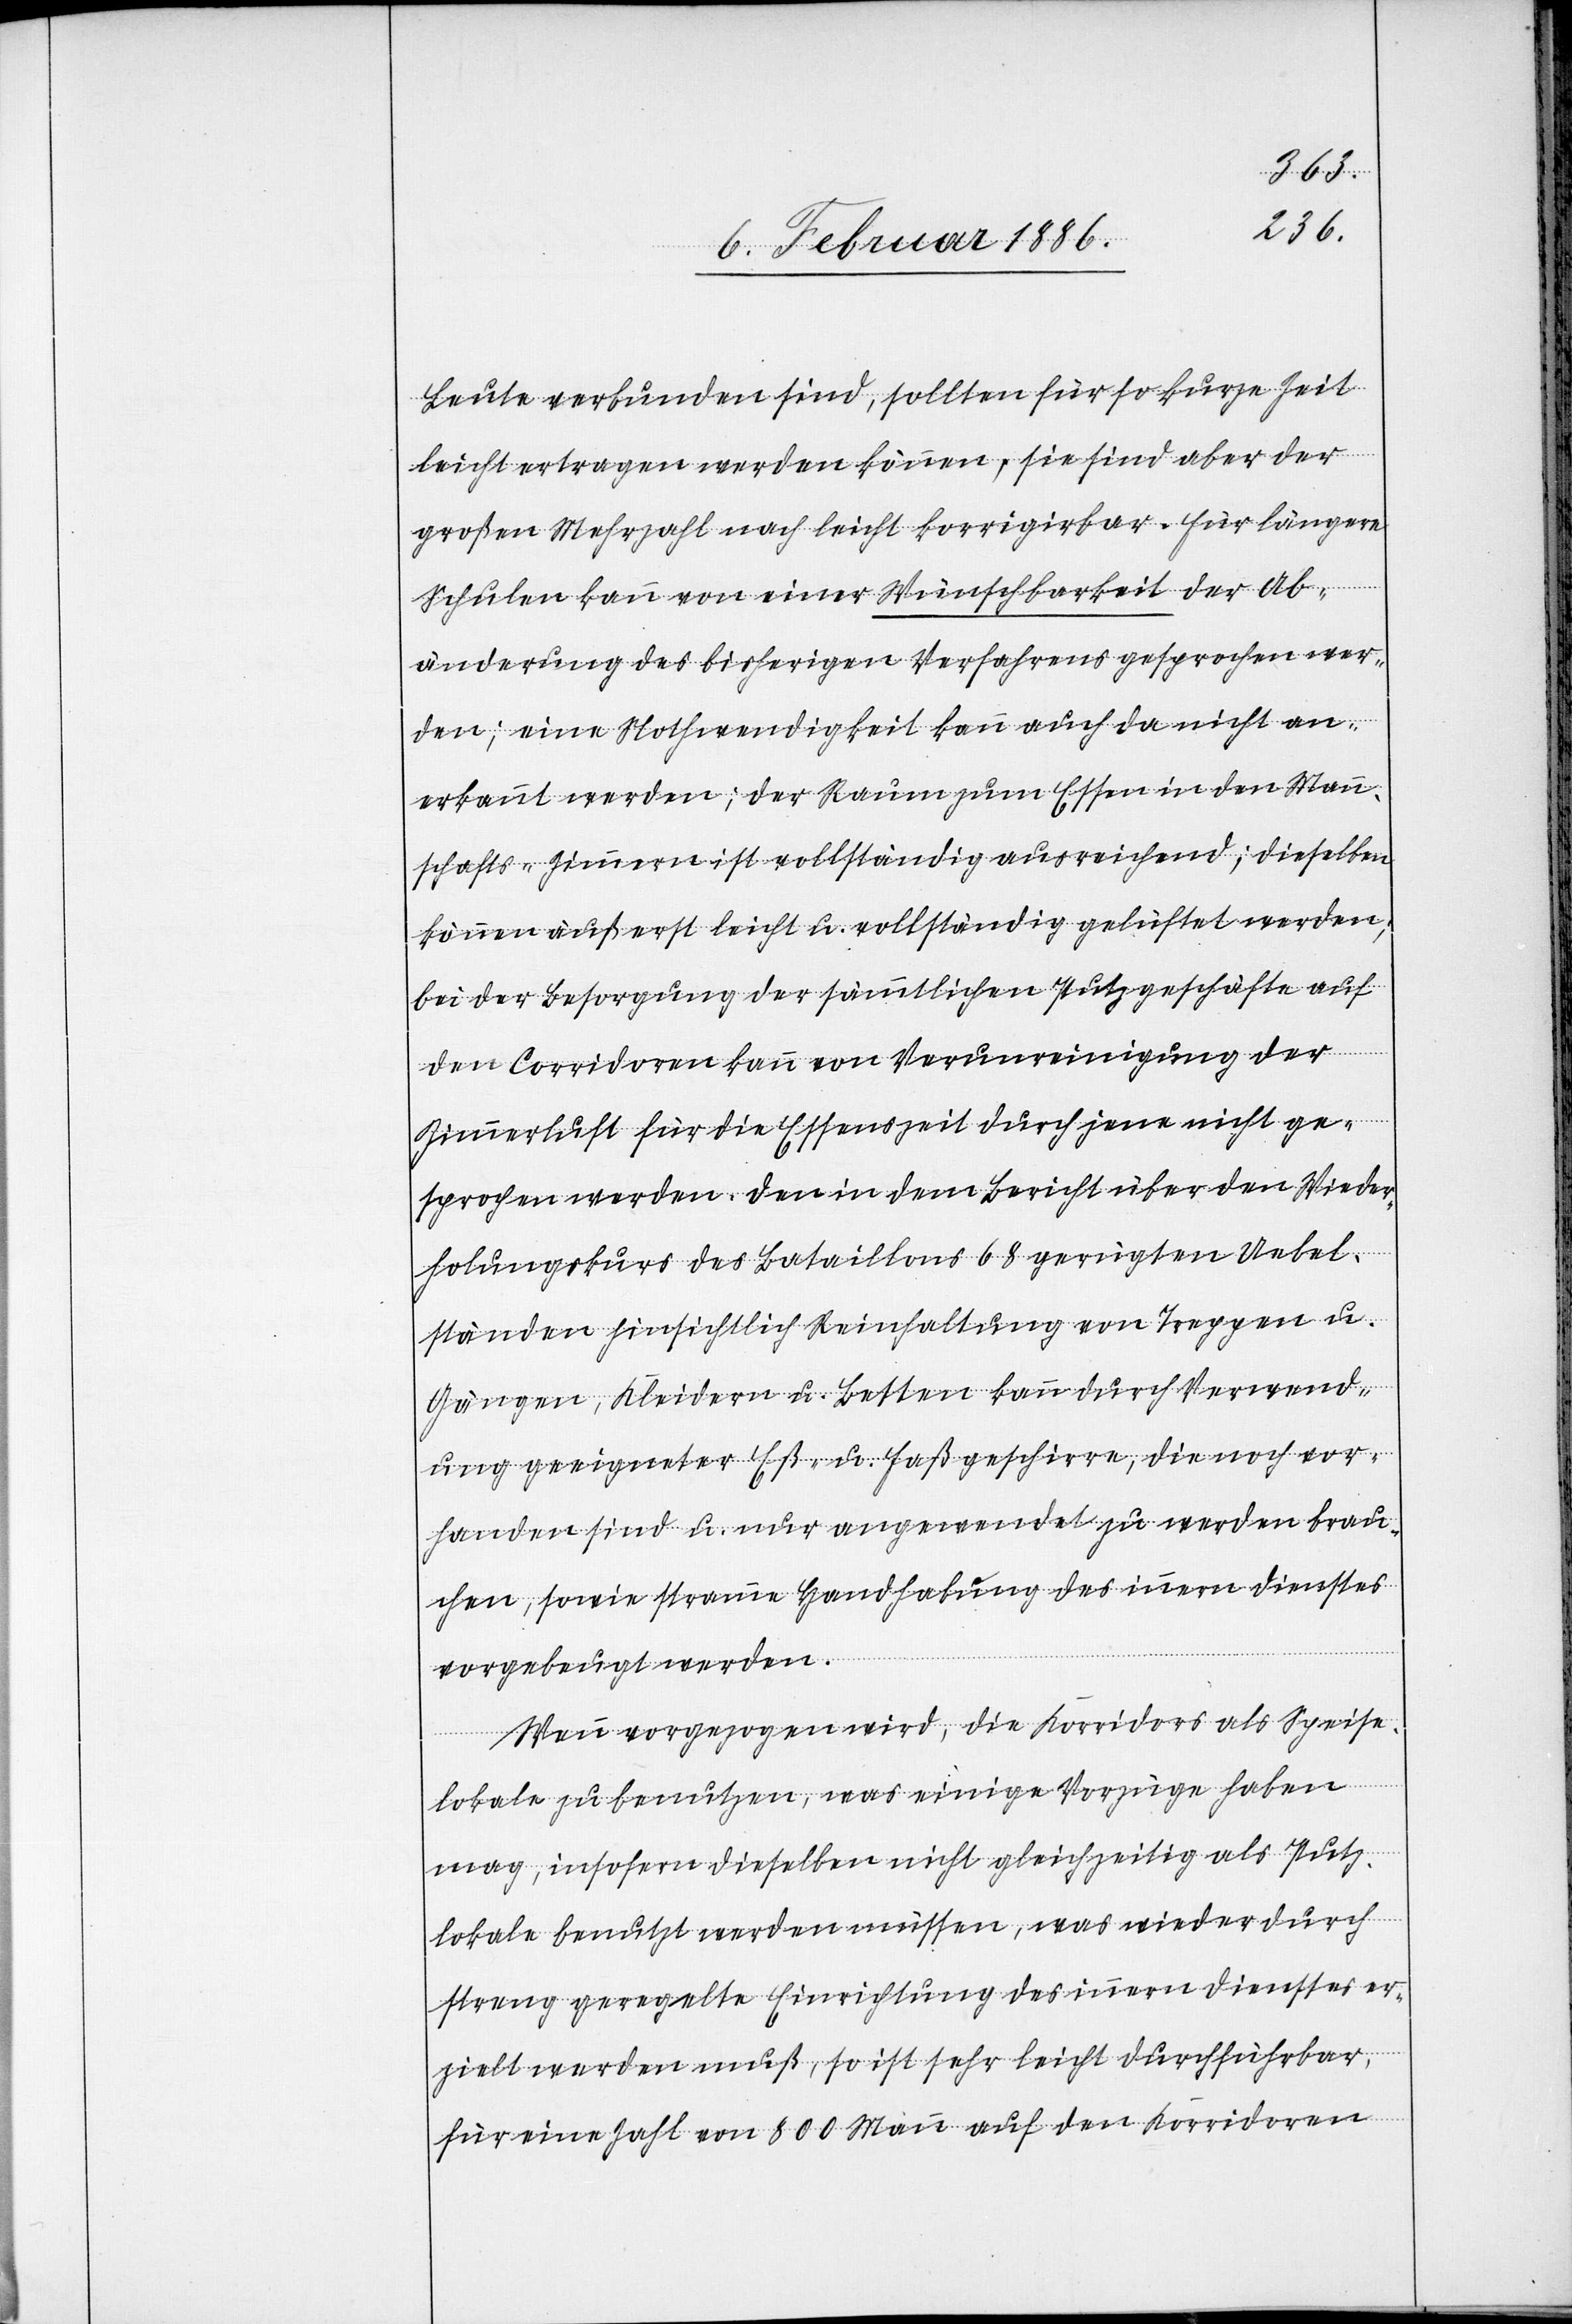
Leute verbunden sind, sollten für kurze Zeit
leicht ertragen werden können, sie sind aber der
großen Mehrzahl nach leicht korrigirbar. Für längere
Schulen kann von einer Wünschbarkeit der Ab¬
änderung des bisherigen Verfahrens gesprochen wer¬
den; eine Nothwendigkeit kann auch da nicht an¬
erkannt werden; der Raum zum Essen in den Mann¬
schafts-Zimmern ist vollständig ausreichend; dieselben
können äußerst leicht u. vollständig gelüftet werden;
bei der Besorgung der sämmtlichen Putzgeschäfte auf
den Corridoren kann von Verunreinigungen der
Zimmerluft für die Essenszeit durch jene nicht ge¬
sprochen werden. Den in dem Bericht über den Wieder¬
holungskurs des Bataillons 68 gerügten Uebel¬
ständen hinsichtlich Reinhaltung von Treppen u.
Gängen, Kleidern u. Betten kann durch Verwend¬
ung geeigneter Eß- u. Faßgeschiere, die noch vor¬
handen sind u. nur angewendet zu werden brau¬
chen, sowie stramme Handhabung des innern Dienstes
vorgebeugt werden.
Wenn vorgezogen wird, die Korridore als Speise¬
lokale zu benutzen, was einige Vorzüge haben
mag, insofern dieselben nicht gleichzeitig als Putz¬
lokale benutzt werden müssen, was wieder durch
streng geregelte Einrichtungen des innern Dienstes er¬
zielt werden muß, so ist sehr leicht durchführbar,
für eine Zahl von 800 Mann auf den Korridoren